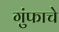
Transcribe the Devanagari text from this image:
गुंफाचे